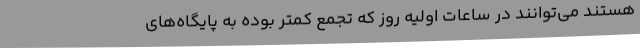
هستند می‌توانند در ساعات اولیه روز که تجمع کمتر بوده به پایگاه‌های